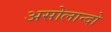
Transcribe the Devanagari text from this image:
असोलान्दो